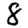
Digit: 8